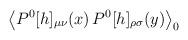
LaTeX: \begin{align*}\left< P^0[h]_{\mu \nu}(x) \, P^0[h]_{\rho \sigma}(y) \right>_0\end{align*}